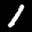
Label: 1